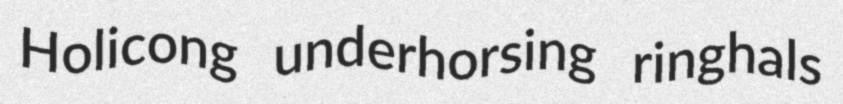
Holicong underhorsing ringhals